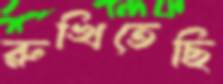
রুখিতেছি